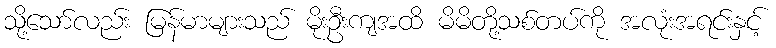
သို့သော်လည်း မြန်မာများသည် မိုးဦးကျအထိ မိမိတို့သစ်တပ်ကို အလုံးအရင်းနှင့်